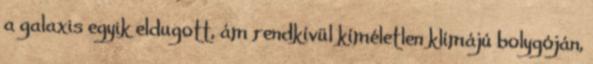
a galaxis egyik eldugott, ám rendkívül kíméletlen klímájú bolygóján,